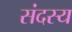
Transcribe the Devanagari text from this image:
संदस्य